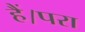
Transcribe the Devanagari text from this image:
हैं।परा